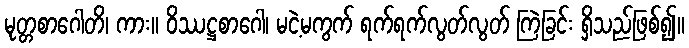
မုတ္တစာဂေါတိ၊ ကား။ ဝိဿဋ္ဌစာဂေါ၊ မငဲ့မကွက် ရက်ရက်လွတ်လွတ် ကြဲခြင်း ရှိသည်ဖြစ်၍။